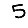
Digit: 5